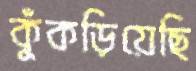
কুঁকড়িয়েছি